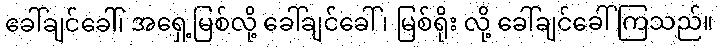
ခေါ်ချင်ခေါ်၊ အရှေ့မြစ်လို့ ခေါ်ချင်ခေါ် ၊ မြစ်ရိုး လို့ ခေါ်ချင်ခေါ်ကြသည်။